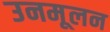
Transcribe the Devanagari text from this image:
उनमूलन